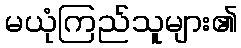
မယုံကြည်သူများ၏